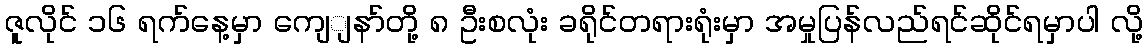
ဇူလိုင် ၁၆ ရက်နေ့မှာ ကျေျနာ်တို့ ၈ ဦးစလုံး ခရိုင်တရားရုံးမှာ အမှုပြန်လည်ရင်ဆိုင်ရမှာပါ လို့